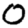
Digit: 0